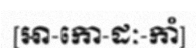
[អា-កោ-ដៈ-កាំ]